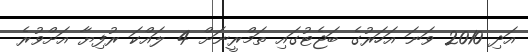
އަދި 2010 ވަނަ އަހަރުގެ ބަޖެޓުގައި ތަމްރީނަށް 4 ލައްކަ ރުފިޔާ އަށްވުރެ